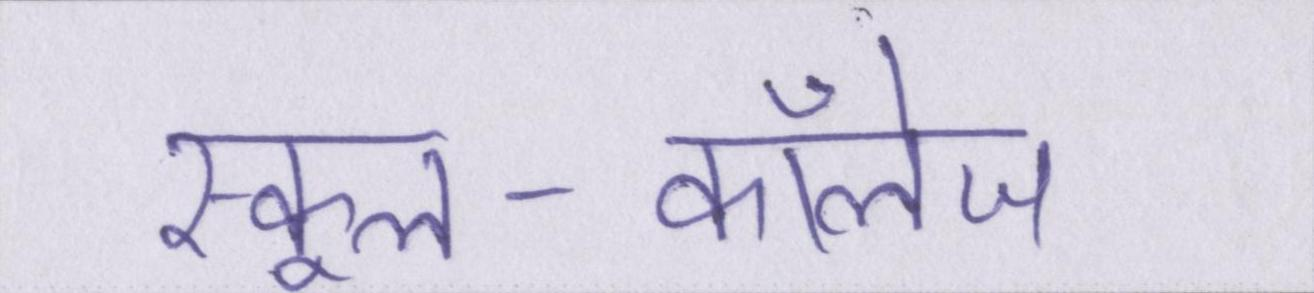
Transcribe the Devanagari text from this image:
स्कूल-कॉलेज